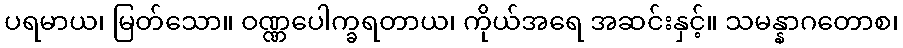
ပရမာယ၊ မြတ်သော။ ဝဏ္ဏပေါက္ခရတာယ၊ ကိုယ်အရေ အဆင်းနှင့်။ သမန္နာဂတောစ၊